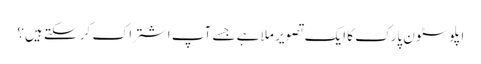
اپلوسٹون پارک کا ایک تصویر ملا ہے جسے آپ اشتراک کر سکتے ہیں؟